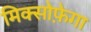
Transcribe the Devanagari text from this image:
मिक्सोफ़ेगा